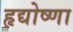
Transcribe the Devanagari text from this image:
हृद्योष्णा